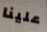
علينا